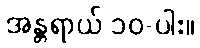
အန္တရာယ် ၁၀-ပါး။